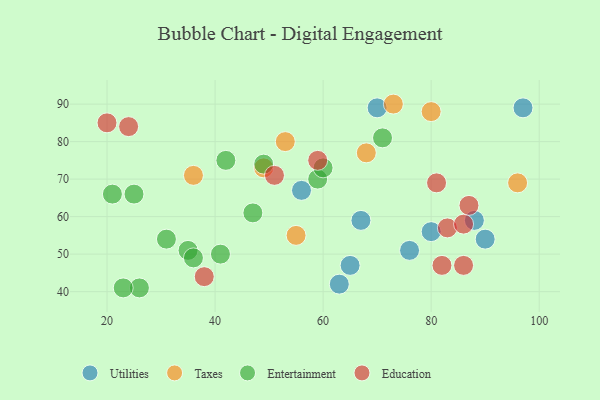
{"axis": {"x": "GDP", "y": "Life Expectancy"}, "legend": ["Education", "Entertainment", "Taxes", "Utilities"], "data": [{"x": "97", "y": 89, "type": "Utilities"}, {"x": "67", "y": 59, "type": "Utilities"}, {"x": "65", "y": 47, "type": "Utilities"}, {"x": "70", "y": 89, "type": "Utilities"}, {"x": "56", "y": 67, "type": "Utilities"}, {"x": "88", "y": 59, "type": "Utilities"}, {"x": "90", "y": 54, "type": "Utilities"}, {"x": "63", "y": 42, "type": "Utilities"}, {"x": "76", "y": 51, "type": "Utilities"}, {"x": "80", "y": 56, "type": "Utilities"}, {"x": "96", "y": 69, "type": "Taxes"}, {"x": "73", "y": 90, "type": "Taxes"}, {"x": "55", "y": 55, "type": "Taxes"}, {"x": "68", "y": 77, "type": "Taxes"}, {"x": "53", "y": 80, "type": "Taxes"}, {"x": "80", "y": 88, "type": "Taxes"}, {"x": "36", "y": 71, "type": "Taxes"}, {"x": "49", "y": 73, "type": "Taxes"}, {"x": "31", "y": 54, "type": "Entertainment"}, {"x": "26", "y": 41, "type": "Entertainment"}, {"x": "59", "y": 70, "type": "Entertainment"}, {"x": "25", "y": 66, "type": "Entertainment"}, {"x": "47", "y": 61, "type": "Entertainment"}, {"x": "49", "y": 74, "type": "Entertainment"}, {"x": "23", "y": 41, "type": "Entertainment"}, {"x": "71", "y": 81, "type": "Entertainment"}, {"x": "60", "y": 73, "type": "Entertainment"}, {"x": "41", "y": 50, "type": "Entertainment"}, {"x": "21", "y": 66, "type": "Entertainment"}, {"x": "35", "y": 51, "type": "Entertainment"}, {"x": "42", "y": 75, "type": "Entertainment"}, {"x": "36", "y": 49, "type": "Entertainment"}, {"x": "86", "y": 47, "type": "Education"}, {"x": "24", "y": 84, "type": "Education"}, {"x": "83", "y": 57, "type": "Education"}, {"x": "82", "y": 47, "type": "Education"}, {"x": "20", "y": 85, "type": "Education"}, {"x": "38", "y": 44, "type": "Education"}, {"x": "81", "y": 69, "type": "Education"}, {"x": "51", "y": 71, "type": "Education"}, {"x": "86", "y": 58, "type": "Education"}, {"x": "59", "y": 75, "type": "Education"}, {"x": "87", "y": 63, "type": "Education"}]}